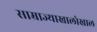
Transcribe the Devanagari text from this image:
साम्राज्याखालोखाल